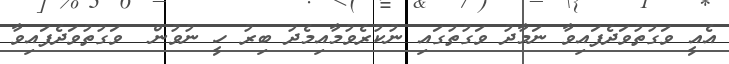
އެއީ ވަގުތުވަދެފައިވާ ނަމާދު ވަގުތުގައި ނުކުރެވުމާއިމެދު ބިރު ހީ ނުވުން  ވަގުތުވަދެފައިވާ